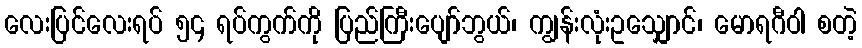
လေးပြင်လေးရပ် ၅၄ ရပ်ကွက်ကို ပြည်ကြီးပျော်ဘွယ်၊ ကျွန်းလုံးဥသျှောင်၊ မောရဂီဝါ စတဲ့